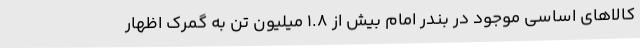
کالاهای اساسی موجود در بندر امام بیش از ۱.۸ میلیون تن به گمرک اظهار